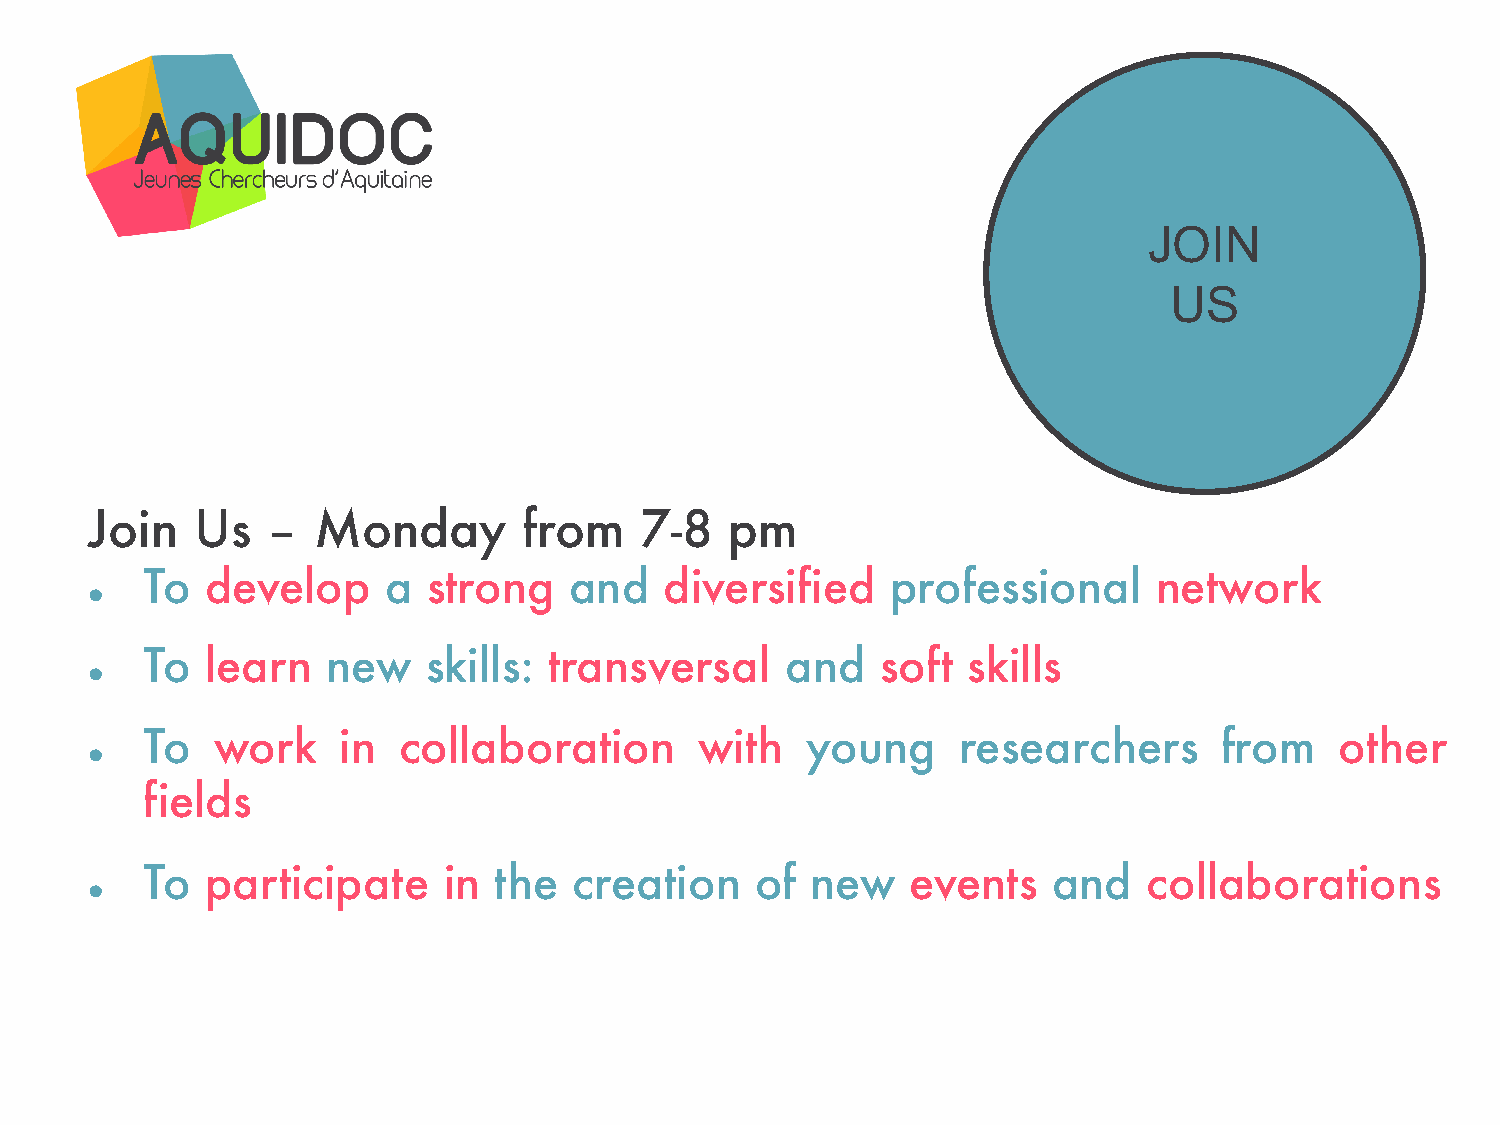
JOIN
 US
 Join   Us   –  Monday        from   7-8   pm
 To   develop    a  strong    and   diversified    professional      network
 l
 To   learn   new   skills: transversal     and   soft  skills
 l
 To   work    in  collaboration       with   young     researchers       from    other
 l
 fields
 To   participate    in  the  creation    of  new   events    and   collaborations
 l